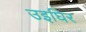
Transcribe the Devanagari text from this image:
उइघिर